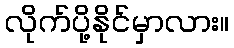
လိုက်ပို့နိုင်မှာလား။